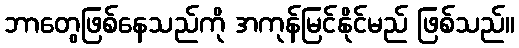
ဘာတွေဖြစ်နေသည်ကို အကုန်မြင်နိုင်မည် ဖြစ်သည်။